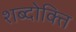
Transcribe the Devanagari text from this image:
शब्दोक्ति